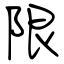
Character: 限